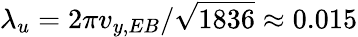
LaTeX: \lambda_{u}=2\pi v_{y,EB}/\sqrt{1836}\approx 0.015